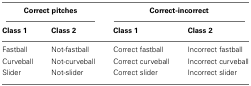
| <COLSPAN=2> Correct pitches | <COLSPAN=2> Correct-incorrect |
 | Class 1 | Class 2 | Class 1 | Class 2 |
 | --- | --- | --- | --- |
 | Fastball | Not-fastball | Correct fastball | Incorrect fastball |
 | Curveball | Not-curveball | Correct curveball | Incorrect curveball |
 | Slider | Not-slider | Correct slider | Incorrect slider |